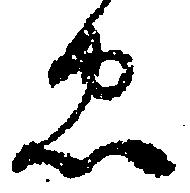
忠